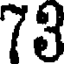
73